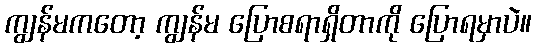
ကျွန်မကတော့ ကျွန်မ ပြောစရာရှိတာကို ပြောရမှာပဲ။